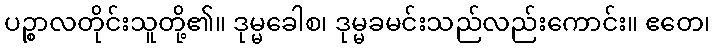
ပဉ္စာလတိုင်းသူတို့၏။ ဒုမ္မခေါစ၊ ဒုမ္မခမင်းသည်လည်းကောင်း။ ဧတေ၊